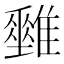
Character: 𩁅